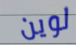
لوين